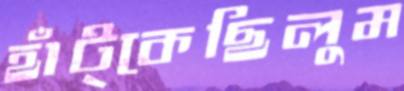
হাঁট্‌কেছিলুম